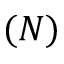
( N )